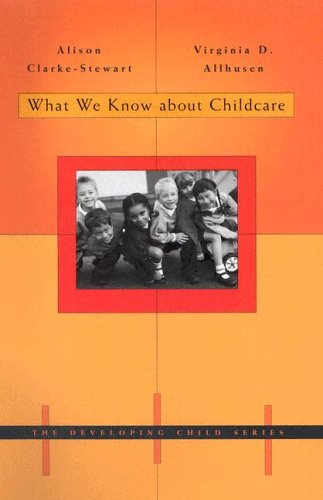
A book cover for What We Know About Childcare (The Developing Child); Alison Clarke-Stewart; Parenting & Relationships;